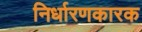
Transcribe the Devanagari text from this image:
निर्धारणकारक